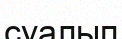
суалып